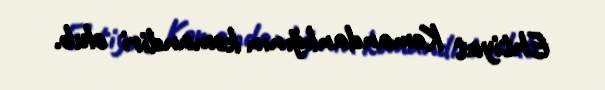
Ehtiyat Komandanlığının komandiri olub.